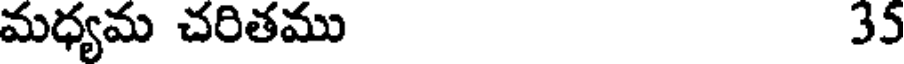
మధ్యమ చరితము 35